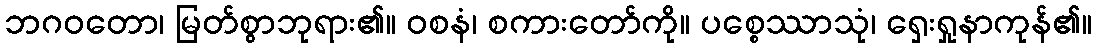
ဘဂဝတော၊ မြတ်စွာဘုရား၏။ ဝစနံ၊ စကားတော်ကို။ ပစ္စေဿာသုံ၊ ရှေးရှုနာကုန်၏။